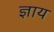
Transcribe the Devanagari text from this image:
ज्ञाय